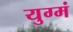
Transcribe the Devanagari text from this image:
युग्मं